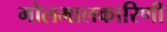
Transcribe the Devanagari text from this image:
गोलमालकारिणी